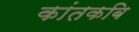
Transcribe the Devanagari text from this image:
कांतकबि